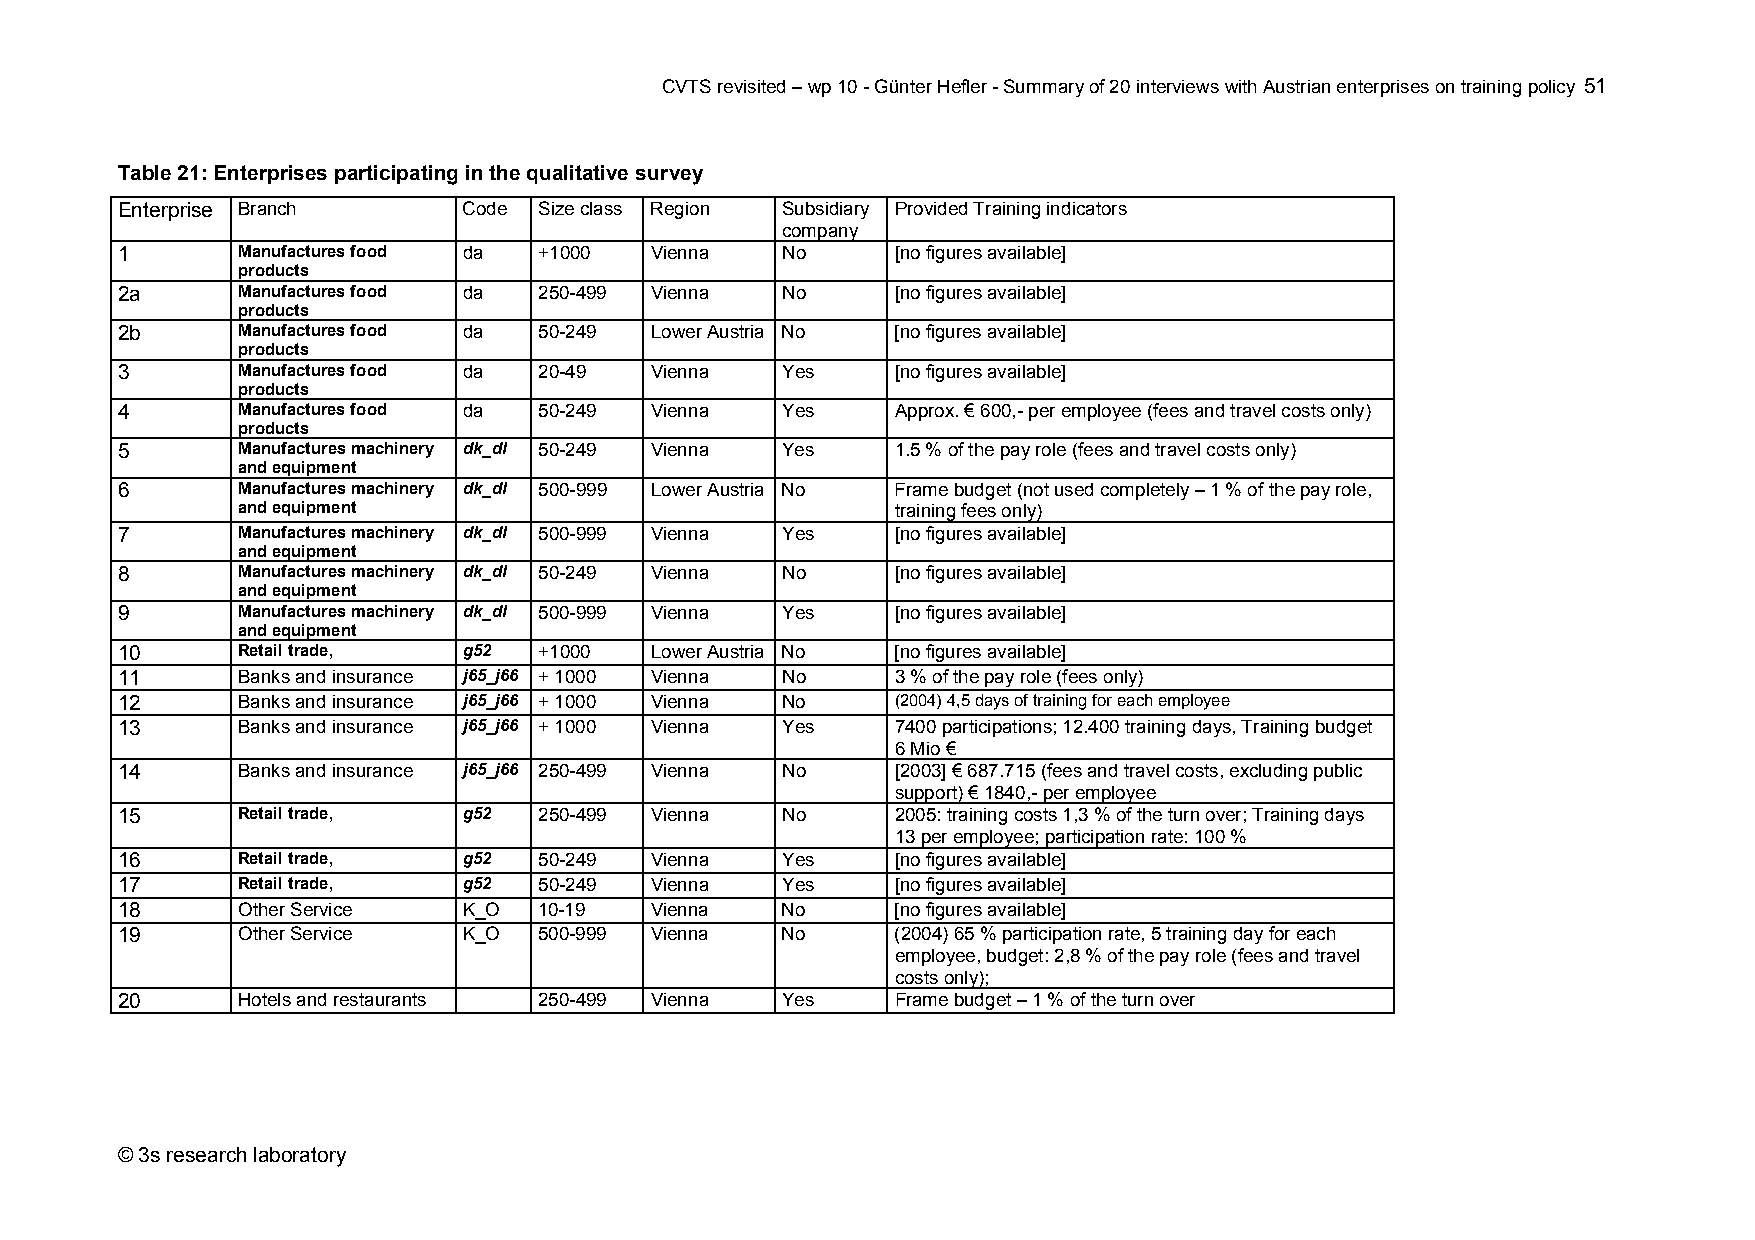
CVTS revisited – wp 10 - Günter Hefler - Summary of 20 interviews with Austrian enterprises on training policy 51
 Table 21: Enterprises participating in the qualitative survey
 Enterprise Branch      Code Size class Region Subsidiary Provided Training indicators
 company
 1       Manufactures food da +1000 Vienna   No     [no figures available]
 products
 2a      Manufactures food da 250-499 Vienna No     [no figures available]
 products
 2b      Manufactures food da 50-249 Lower Austria No [no figures available]
 products
 3       Manufactures food da 20-49 Vienna   Yes    [no figures available]
 products
 4       Manufactures food da 50-249 Vienna  Yes    Approx. € 600,- per employee (fees and travel costs only)
 products
 5       Manufactures machinery dk_dl 50-249 Vienna Yes 1.5 % of the pay role (fees and travel costs only)
 and equipment
 6       Manufactures machinery dk_dl 500-999 Lower Austria No Frame budget (not used completely – 1 % of the pay role,
 and equipment                              training fees only)
 7       Manufactures machinery dk_dl 500-999 Vienna Yes [no figures available]
 and equipment
 8       Manufactures machinery dk_dl 50-249 Vienna No [no figures available]
 and equipment
 9       Manufactures machinery dk_dl 500-999 Vienna Yes [no figures available]
 and equipment
 10      Retail trade,  g52  +1000  Lower Austria No [no figures available]
 11      Banks and insurance j65_j66 + 1000 Vienna No 3 % of the pay role (fees only)
 12      Banks and insurance j65_j66 + 1000 Vienna No (2004) 4,5 days of training for each employee
 13      Banks and insurance j65_j66 + 1000 Vienna Yes 7400 participations; 12.400 training days, Training budget
 6 Mio €
 14      Banks and insurance j65_j66 250-499 Vienna No [2003] € 687.715 (fees and travel costs, excluding public
 support) € 1840,- per employee
 15      Retail trade,  g52  250-499 Vienna  No     2005: training costs 1,3 % of the turn over; Training days
 13 per employee; participation rate: 100 %
 16      Retail trade,  g52  50-249 Vienna   Yes    [no figures available]
 17      Retail trade,  g52  50-249 Vienna   Yes    [no figures available]
 18      Other Service  K_O  10-19  Vienna   No     [no figures available]
 19      Other Service  K_O  500-999 Vienna  No     (2004) 65 % participation rate, 5 training day for each
 employee, budget: 2,8 % of the pay role (fees and travel
 costs only);
 20      Hotels and restaurants 250-499 Vienna Yes  Frame budget – 1 % of the turn over
 © 3s research laboratory